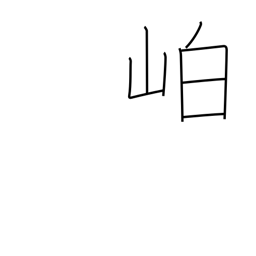
Meaning: dense mountain vegetation